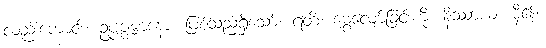
လည်းကောင်း။ ဥပ္ပဇ္ဇမာနော၊ ဖြစ်သည်ရှိသော်။ ရတိံ၊ မွေ့လျော်ခြင်းကို။ နိဿာယ၊ မှီ၍။